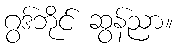
ဂွဒ်ဘိုင် ဆွန်ညာ။